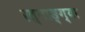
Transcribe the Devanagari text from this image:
रत्नाङ्ग्या